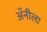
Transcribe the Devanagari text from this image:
अॅनीला